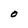
Character: O